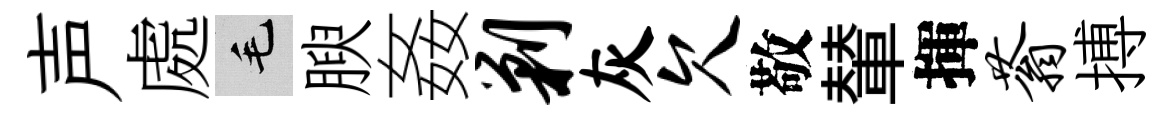
声處毛腴姦剿灰欠敬輦揮蓊搏